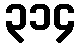
၃၁၄